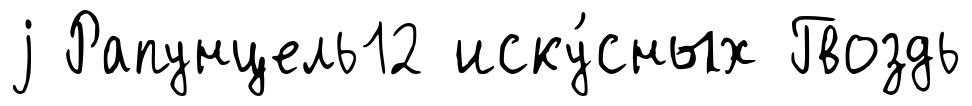
j Рапунцель12 иску́сных Гвоздь